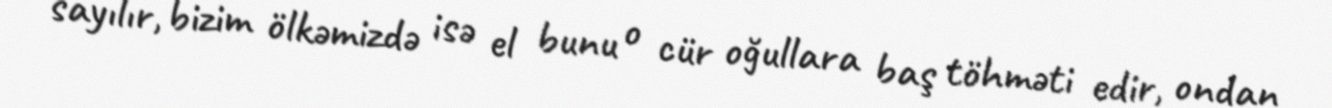
sayılır, bizim ölkəmizdə isə el bunu o cür oğullara baş töhməti edir, ondan